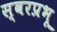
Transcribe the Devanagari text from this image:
स्वरप्रभू